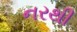
નરથી